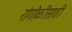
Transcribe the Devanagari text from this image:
रांगोळीसाठी